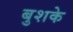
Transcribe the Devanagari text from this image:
बुशके